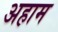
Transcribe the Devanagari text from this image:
अहाम